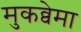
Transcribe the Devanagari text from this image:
मुकव्वेमा